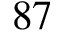
8 7